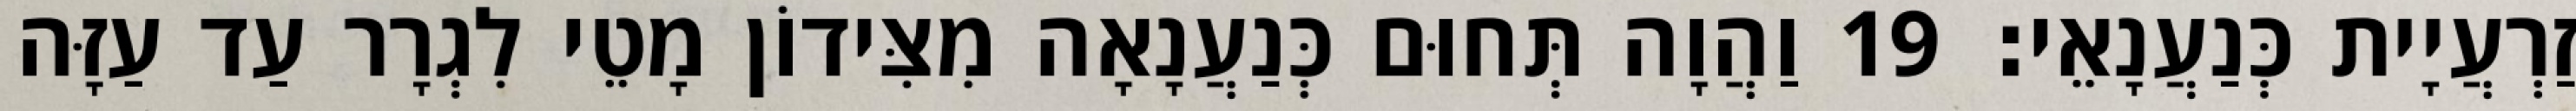
זַרְעֲיָית כְּנַעֲנָאֵי׃ 19 וַהֲוָה תְּחוּם כְּנַעֲנָאָה מִצִּידוֹן מָטֵי לִגְרָר עַד עַזָּה